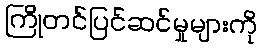
ကြိုတင်ပြင်ဆင်မှုများကို